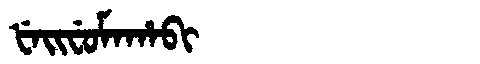
Manchu: ᡶᡝᡳᠸᡠᠮᠠᡥᠠᠪᡳ
Romanization: FEIFUMAHABI